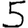
Digit: 5